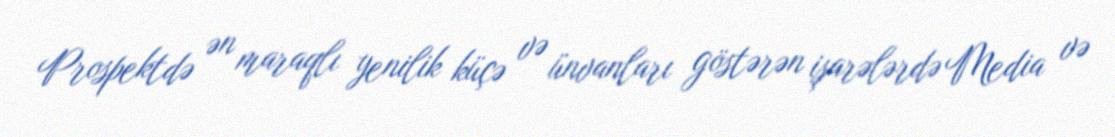
Prospektdə ən maraqlı yenilik küçə və ünvanları göstərən işarələrdə Media və